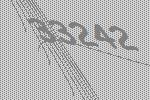
33242